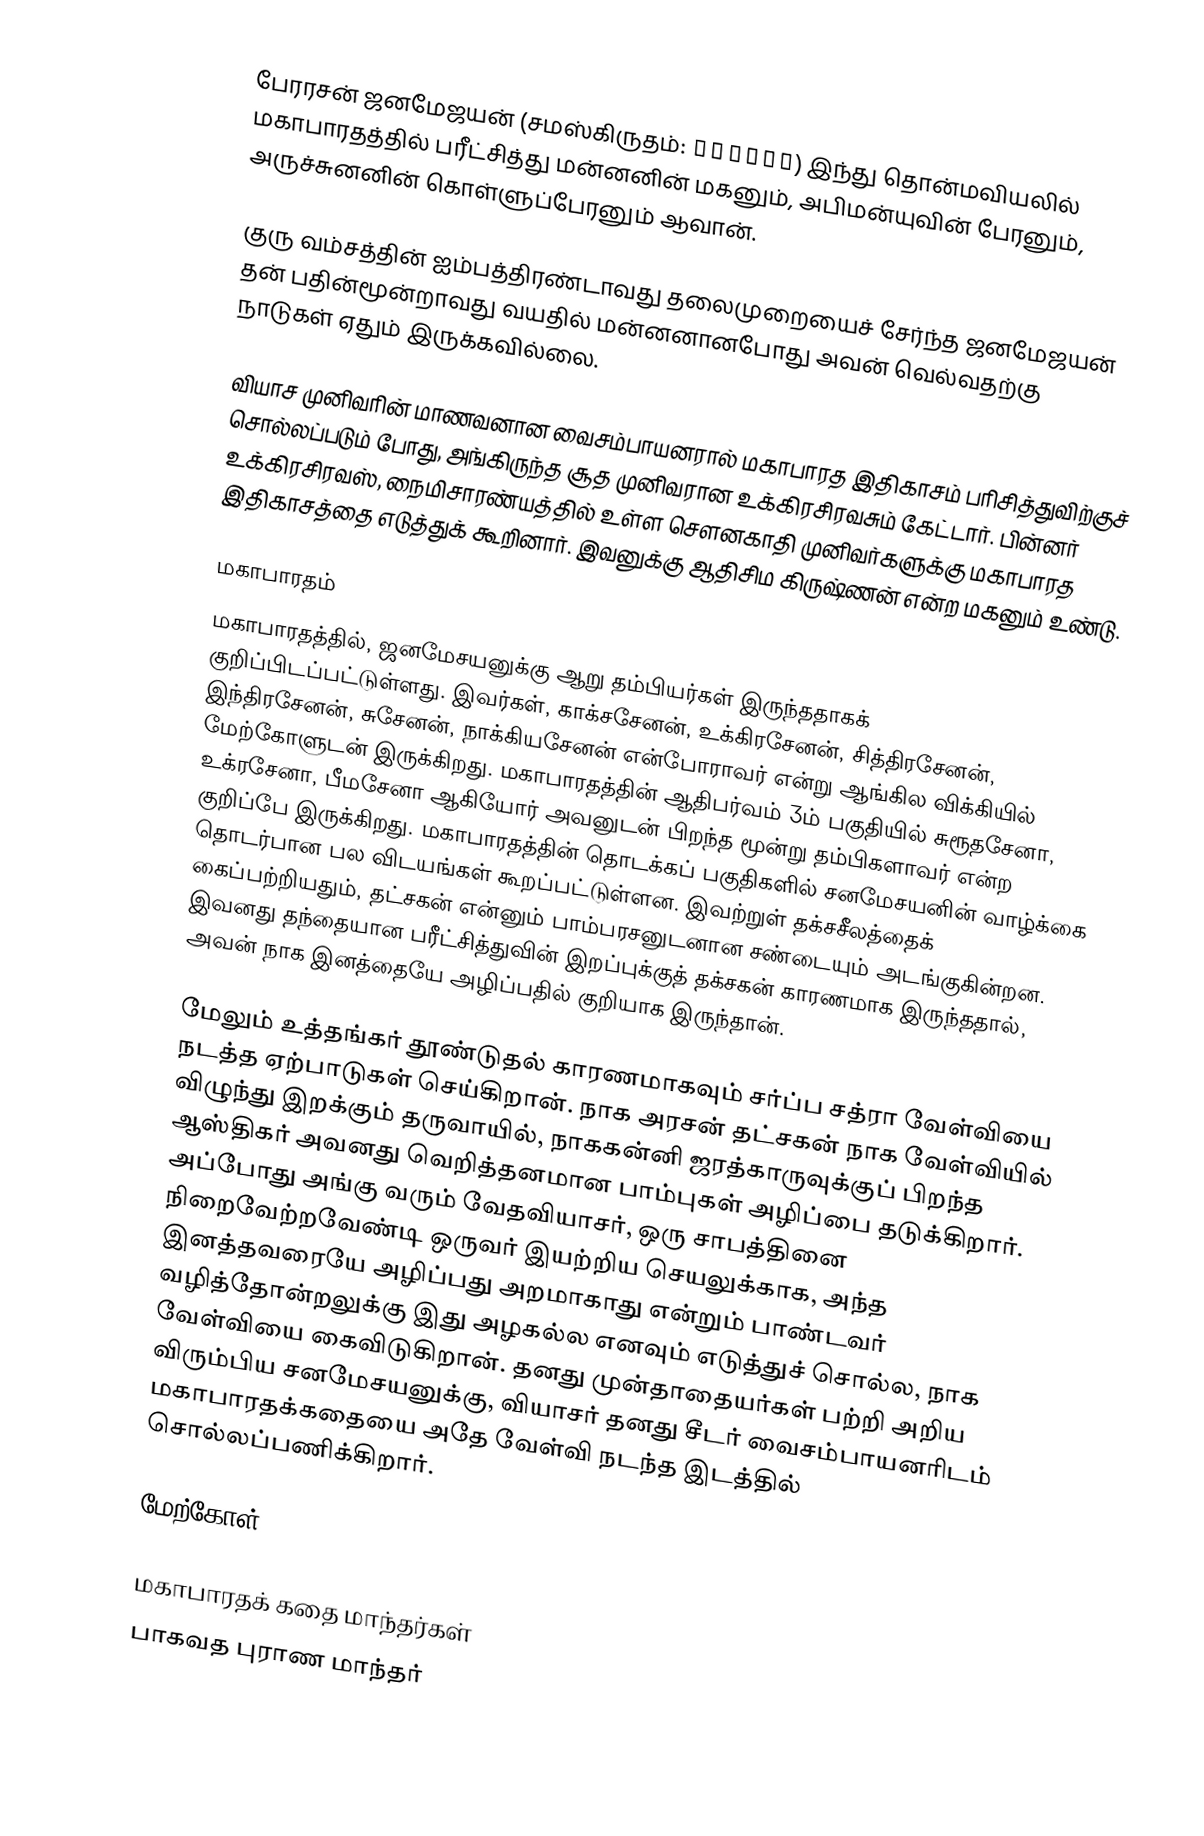
பேரரசன் ஜனமேஜயன்  (சமஸ்கிருதம்: जनमेजय) இந்து தொன்மவியலில் மகாபாரதத்தில் பரீட்சித்து மன்னனின் மகனும், அபிமன்யுவின் பேரனும், அருச்சுனனின் கொள்ளுப்பேரனும் ஆவான்.

குரு வம்சத்தின் ஐம்பத்திரண்டாவது தலைமுறையைச் சேர்ந்த ஜனமேஜயன் தன் பதின்மூன்றாவது வயதில் மன்னனானபோது அவன் வெல்வதற்கு நாடுகள் ஏதும் இருக்கவில்லை.

வியாச முனிவரின் மாணவனான வைசம்பாயனரால் மகாபாரத இதிகாசம் பரிசித்துவிற்குச் சொல்லப்படும் போது, அங்கிருந்த சூத முனிவரான உக்கிரசிரவசும் கேட்டார். பின்னர் உக்கிரசிரவஸ், நைமிசாரண்யத்தில் உள்ள சௌனகாதி முனிவர்களுக்கு மகாபாரத இதிகாசத்தை எடுத்துக் கூறினார். இவனுக்கு ஆதிசிம கிருஷ்ணன் என்ற மகனும் உண்டு.

மகாபாரதம்
மகாபாரதத்தில், ஜனமேசயனுக்கு ஆறு தம்பியர்கள் இருந்ததாகக் குறிப்பிடப்பட்டுள்ளது. இவர்கள், காக்சசேனன், உக்கிரசேனன், சித்திரசேனன், இந்திரசேனன், சுசேனன், நாக்கியசேனன் என்போராவர் என்று ஆங்கில விக்கியில் மேற்கோளுடன் இருக்கிறது. மகாபாரதத்தின் ஆதிபர்வம் 3ம் பகுதியில் சுரூதசேனா, உக்ரசேனா, பீமசேனா ஆகியோர் அவனுடன் பிறந்த மூன்று தம்பிகளாவர் என்ற குறிப்பே இருக்கிறது. மகாபாரதத்தின் தொடக்கப் பகுதிகளில் சனமேசயனின் வாழ்க்கை தொடர்பான பல விடயங்கள் கூறப்பட்டுள்ளன. இவற்றுள் தக்சசீலத்தைக் கைப்பற்றியதும், தட்சகன் என்னும் பாம்பரசனுடனான சண்டையும் அடங்குகின்றன. இவனது தந்தையான பரீட்சித்துவின் இறப்புக்குத் தக்சகன் காரணமாக இருந்ததால், அவன் நாக இனத்தையே அழிப்பதில் குறியாக இருந்தான்.

மேலும் உத்தங்கர் தூண்டுதல் காரணமாகவும் சர்ப்ப சத்ரா வேள்வியை நடத்த ஏற்பாடுகள் செய்கிறான். நாக அரசன் தட்சகன் நாக வேள்வியில் விழுந்து இறக்கும் தருவாயில், நாககன்னி ஜரத்காருவுக்குப் பிறந்த ஆஸ்திகர் அவனது வெறித்தனமான பாம்புகள் அழிப்பை தடுக்கிறார். அப்போது அங்கு வரும் வேதவியாசர், ஒரு சாபத்தினை நிறைவேற்றவேண்டி ஒருவர் இயற்றிய செயலுக்காக, அந்த இனத்தவரையே அழிப்பது அறமாகாது என்றும் பாண்டவர் வழித்தோன்றலுக்கு இது அழகல்ல எனவும் எடுத்துச் சொல்ல, நாக வேள்வியை கைவிடுகிறான். தனது முன்தாதையர்கள் பற்றி அறிய விரும்பிய சனமேசயனுக்கு, வியாசர் தனது சீடர் வைசம்பாயனரிடம் மகாபாரதக்கதையை அதே வேள்வி நடந்த இடத்தில் சொல்லப்பணிக்கிறார்.

மேற்கோள்

மகாபாரதக் கதை மாந்தர்கள்
பாகவத புராண மாந்தர்